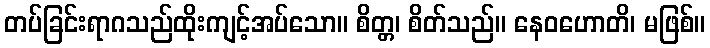
တပ်ခြင်းရာဂသည်ထိုးကျင့်အပ်သော။ စိတ္တ၊ စိတ်သည်။ နေဝဟောတိ၊ မဖြစ်။